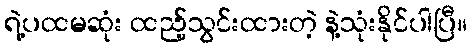
ရဲ့ပထမဆုံး ထည့်သွင်းထားတဲ့ နဲ့သုံးနိုင်ပါပြီ။